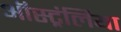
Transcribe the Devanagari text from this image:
ऑस्ट्रंलिया